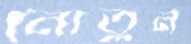
নোতুন